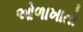
ઓળાખાતી